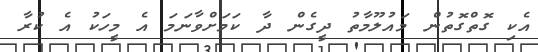
އެކި ގޮތްގޮތުން މައުލޫމާތު ދީގެން ދާ ކަމަށްވާނަމަ އެ މީހަކު އެ ކުރާ